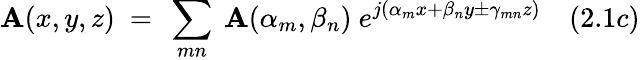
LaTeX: \mathbf{A}(x,y,z)~=~\sum_{mn}~\mathbf{A}(\alpha_{m},\beta_{n})~e^{j(\alpha_{m}x+\beta_{n}y\pm\gamma_{mn}z)}~~~~(2.1c)